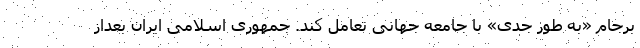
برجام «به طور جدی» با جامعه جهانی تعامل کند. جمهوری اسلامی ایران بعداز